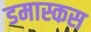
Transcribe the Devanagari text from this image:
डमास्कस